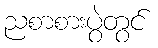
ညစာစားပွဲတွင်